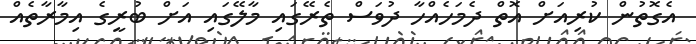
އެގޮތުން ކުރިއަށް އޮތް ދެމަހެއްހާ ދުވަސް ތެރޭގައި މާލޭގައި އަށް ބުރީގެ އިމާރާތެއް